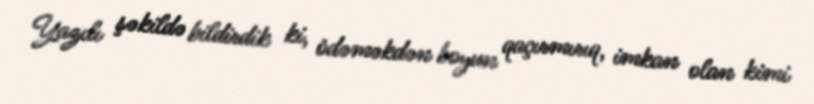
Yazılı şəkildə bildirdik ki, ödəməkdən boyun qaçırmırıq, imkan olan kimi